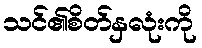
သင်၏စိတ်နှလုံးကို